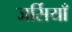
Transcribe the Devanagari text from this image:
जर्सियाँ